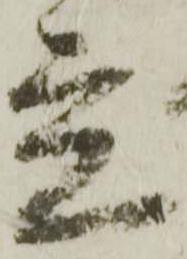
立